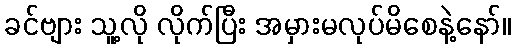
ခင်ဗျား သူ့လို လိုက်ပြီး အမှားမလုပ်မိစေနဲ့နော်။